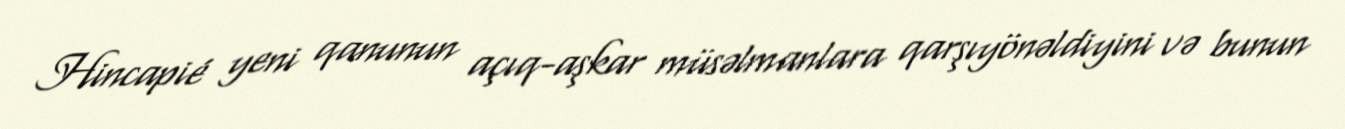
Hincapié yeni qanunun açıq-aşkar müsəlmanlara qarşıyönəldiyini və bunun